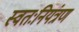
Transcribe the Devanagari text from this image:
स्वतःनियंत्रण